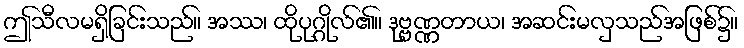
ဤသီလမရှိခြင်းသည်။ အဿ၊ ထိုပုဂ္ဂိုလ်၏။ ဒုဗ္ဗဏ္ဏတာယ၊ အဆင်းမလှသည်အဖြစ်၌။